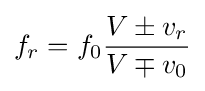
f_{r}=f_{0}{\frac {V\pm v_{r}}{V\mp v_{0}}}\,\!